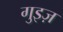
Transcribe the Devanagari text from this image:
गुइज़